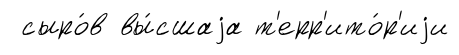
сыро́в вы́сшаjа т'ерр'ито́р'иjи